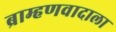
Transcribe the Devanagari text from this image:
ब्राम्हणवादाला